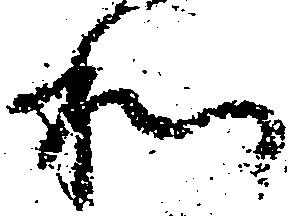
和